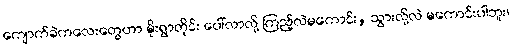
ကျောက်ခဲကလေးတွေဟာ မိုးရွာတိုင်း ပေါ်လာလို့ ကြည့်လဲမကောင်း, သွားလို့လဲ မကောင်းပါဘူး၊